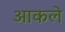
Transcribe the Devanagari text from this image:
आकले